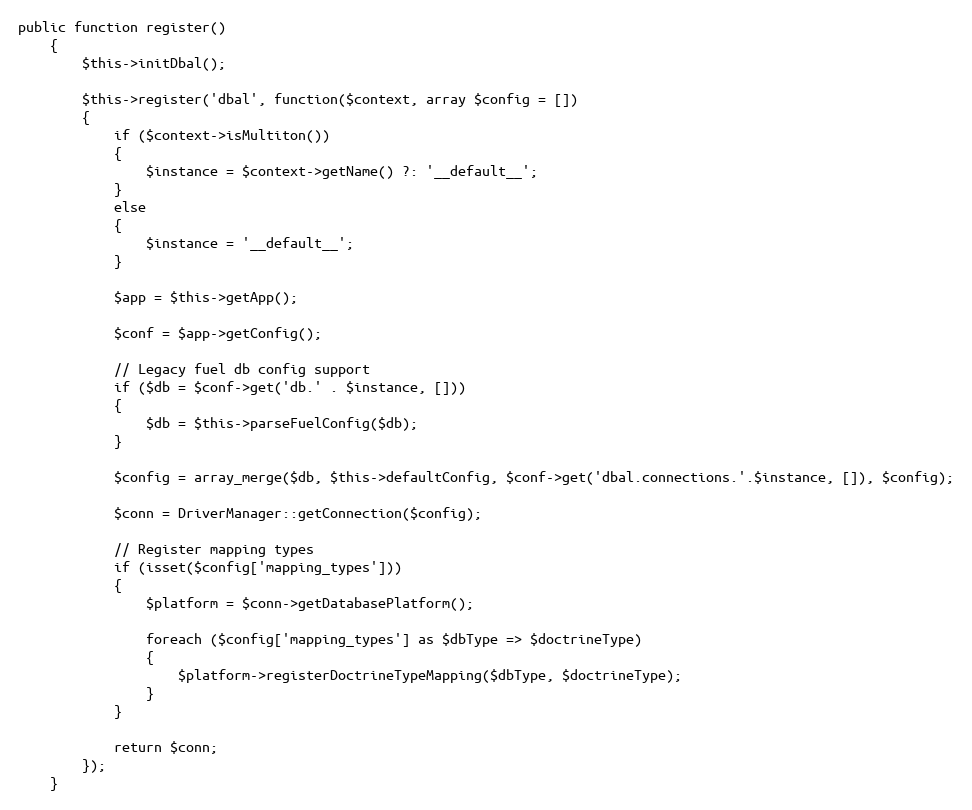
Language: PHP
public function register()
	{
		$this->initDbal();

		$this->register('dbal', function($context, array $config = [])
		{
			if ($context->isMultiton())
			{
				$instance = $context->getName() ?: '__default__';
			}
			else
			{
				$instance = '__default__';
			}

			$app = $this->getApp();

			$conf = $app->getConfig();

			// Legacy fuel db config support
			if ($db = $conf->get('db.' . $instance, []))
			{
				$db = $this->parseFuelConfig($db);
			}

			$config = array_merge($db, $this->defaultConfig, $conf->get('dbal.connections.'.$instance, []), $config);

			$conn = DriverManager::getConnection($config);

			// Register mapping types
			if (isset($config['mapping_types']))
			{
				$platform = $conn->getDatabasePlatform();

				foreach ($config['mapping_types'] as $dbType => $doctrineType)
				{
					$platform->registerDoctrineTypeMapping($dbType, $doctrineType);
				}
			}

			return $conn;
		});
	}